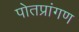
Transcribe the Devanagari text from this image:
पोतप्रांगण